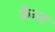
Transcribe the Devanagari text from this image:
फ्रैन्ज